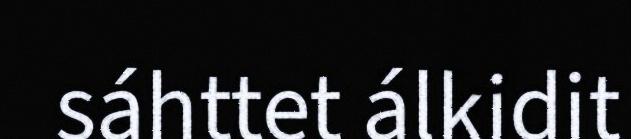
sáhttet álkidit